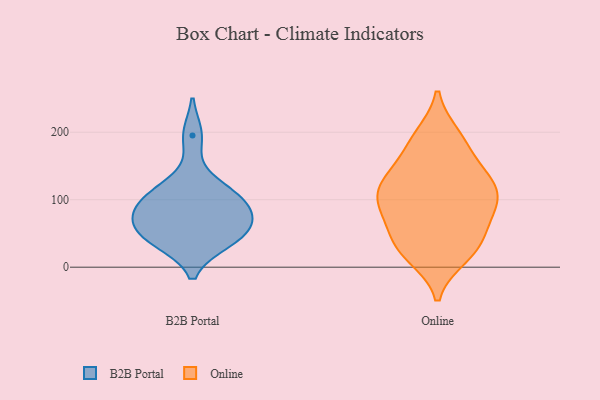
{"axis": {"x": "Budget (USD K)", "y": "Value"}, "legend": ["B2B Portal", "Online"], "data": [{"x": "", "y": 97, "type": "B2B Portal"}, {"x": "", "y": 111, "type": "B2B Portal"}, {"x": "", "y": 72, "type": "B2B Portal"}, {"x": "", "y": 79, "type": "B2B Portal"}, {"x": "", "y": 119, "type": "B2B Portal"}, {"x": "", "y": 38, "type": "B2B Portal"}, {"x": "", "y": 39, "type": "B2B Portal"}, {"x": "", "y": 49, "type": "B2B Portal"}, {"x": "", "y": 56, "type": "B2B Portal"}, {"x": "", "y": 88, "type": "B2B Portal"}, {"x": "", "y": 195, "type": "B2B Portal"}, {"x": "", "y": 126, "type": "Online"}, {"x": "", "y": 64, "type": "Online"}, {"x": "", "y": 68, "type": "Online"}, {"x": "", "y": 41, "type": "Online"}, {"x": "", "y": 21, "type": "Online"}, {"x": "", "y": 195, "type": "Online"}, {"x": "", "y": 151, "type": "Online"}, {"x": "", "y": 140, "type": "Online"}, {"x": "", "y": 86, "type": "Online"}, {"x": "", "y": 97, "type": "Online"}, {"x": "", "y": 118, "type": "Online"}, {"x": "", "y": 182, "type": "Online"}, {"x": "", "y": 91, "type": "Online"}, {"x": "", "y": 32, "type": "Online"}, {"x": "", "y": 192, "type": "Online"}, {"x": "", "y": 103, "type": "Online"}, {"x": "", "y": 129, "type": "Online"}, {"x": "", "y": 27, "type": "Online"}, {"x": "", "y": 16, "type": "Online"}, {"x": "", "y": 110, "type": "Online"}]}